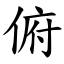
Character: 俯